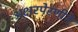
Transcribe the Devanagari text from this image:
अक्षरपेरणीने